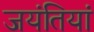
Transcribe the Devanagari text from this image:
जयंतियां